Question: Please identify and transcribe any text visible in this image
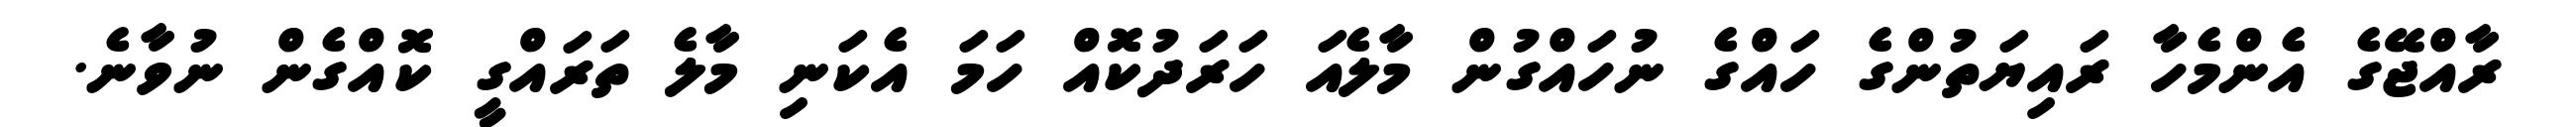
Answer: ރާއްޖޭގެ އެންމެހާ ރައިޔަތުންގެ ހައްގެ ނުހައްގުން މާލެއަ ހަރަދުކޮއް ހަމަ އެކަނި މާލެ ތަރައްގީ ކޮއްގެން ނުވާނެ.